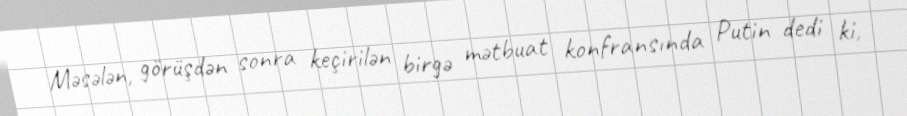
Məsələn, görüşdən sonra keçirilən birgə mətbuat konfransında Putin dedi ki,